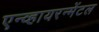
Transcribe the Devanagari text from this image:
एन्व्हायरन्मेंटल